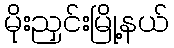
မိုးညှင်းမြို့နယ်